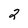
Character: 2